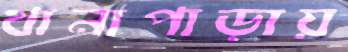
থানাপাড়ায়